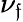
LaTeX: \nu_{\mathfrak{f}}